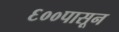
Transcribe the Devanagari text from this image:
६००पासून